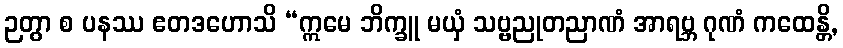
ဉတွာ စ ပနဿ ဧတဒဟောသိ “ဣမေ ဘိက္ခူ မယှံ သဗ္ဗညုတညာဏံ အာရဗ္ဘ ဂုဏံ ကထေန္တိ,